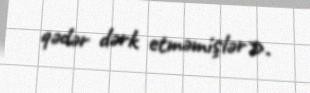
qədər dərk etməmişlər».